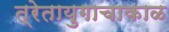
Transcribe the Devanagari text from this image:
त्रेतायुगाचाकाळ